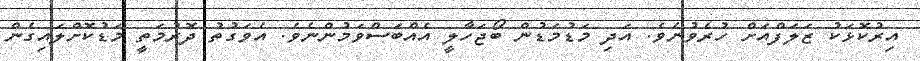
އިރުކޮޅަކު ޒަލަފްއަށް ހުރެވުނެވެ. އަދި މަޑުމަޑުން ބޯޖަހާލީ އެއްބަސްވަމުންނެވެ. އެވަގުތު ދޮރުމަތީ މަޑުކޮށްލައިގެން